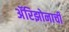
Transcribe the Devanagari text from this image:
अॅरिझोनाची